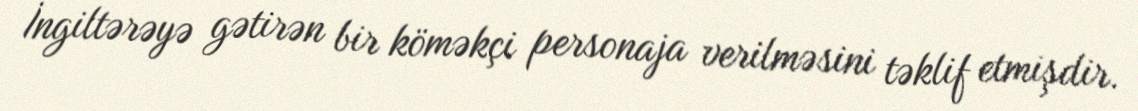
İngiltərəyə gətirən bir köməkçi personaja verilməsini təklif etmişdir.